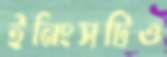
ইনিংসটিও